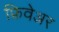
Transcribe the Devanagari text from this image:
फ्रिवेअर